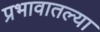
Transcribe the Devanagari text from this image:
प्रभावातल्या